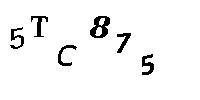
5TC875